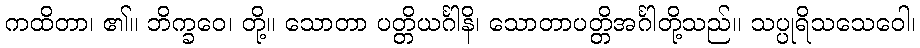
ကထိတာ၊ ၏။ ဘိက္ခဝေ၊ တို့။ သောတာ ပတ္တိယင်္ဂါနိ၊ သောတာပတ္တိအင်္ဂါတို့သည်။ သပ္ပုရိသသေဝေါ၊